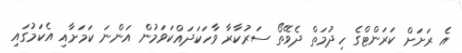
އެ ރަށަށް ކަރަންޓްގެ ހިދުމަތް ދެވޭތޯ ސަރުކާރާ ވާހަކަދައްކަވަމުން އަންނަ ކަމަށާއި އެކަމުގައި